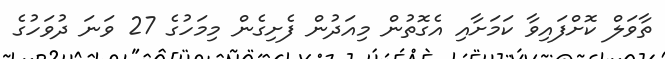
ތާވަލް ކޮށްފައިވާ ކަމަށާއި އެގޮތުން މިއަދުން ފެށިގެން މިމަހުގެ 27 ވަނަ ދުވަހުގެ